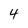
Character: 4